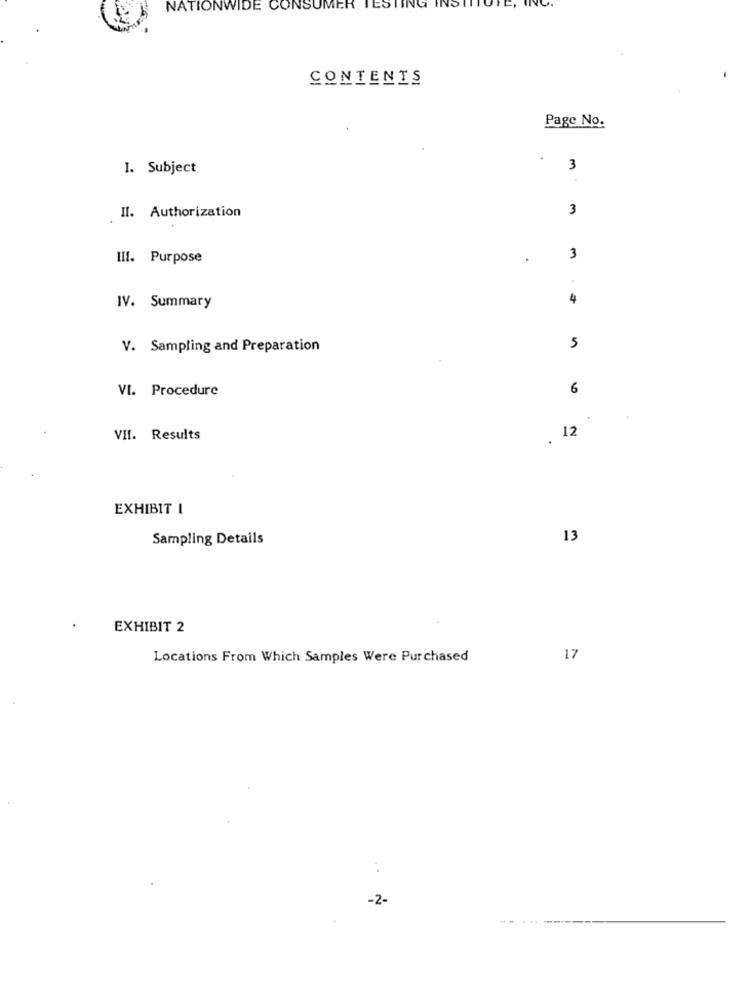
NATIONWIDE CONSUMER TESTING INS
CONTENTS
Page No.
.
I. Subject
3
Il. Authorization
3
III. Purpose
3
4
IV. Summary
V. Sampling and Preparation
5
VI. Procedure
6
VII. Results
12
EXHIBIT I
Sampling Details
13
EXHIBIT 2
Locations From Which Samples Were Purchased
17
-2-